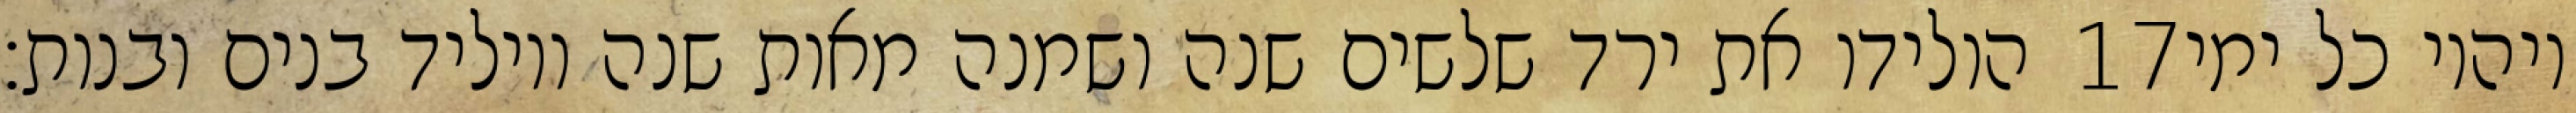
הולידו את ירד שלשים שנה ושמנה מאות שנה ויוליד בנים ובנות׃ ‎17‏ ויהיו כל ימי